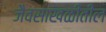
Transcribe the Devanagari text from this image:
जैवसाखळीतील